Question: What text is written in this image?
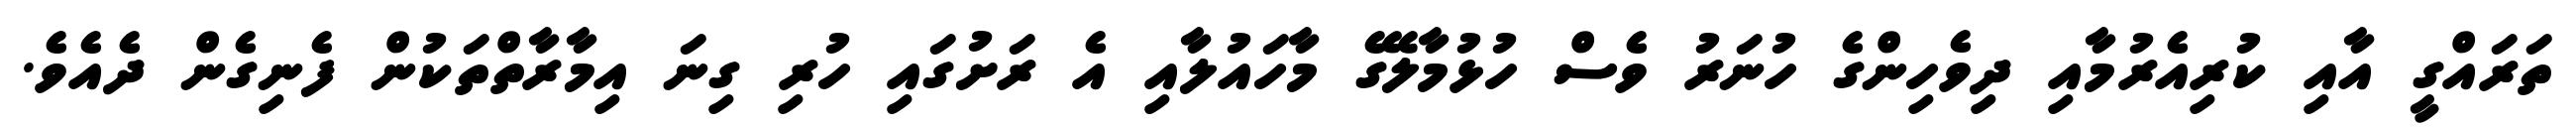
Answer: ތަރައްގީ އާއި ކުރިއެރުމާއި ދިވެހިންގެ ހުނަރު ވެސް ހުޅުމާލޭގެ މާހައުލާއި އެ ރަށުގައި ހުރި ގިނަ އިމާރާތްތަކުން ފެނިގެން ދެއެވެ.